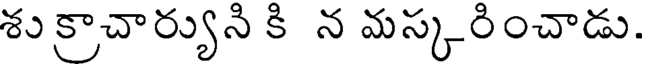
శు క్రాచార్యుని కి న మస్కరించాడు.